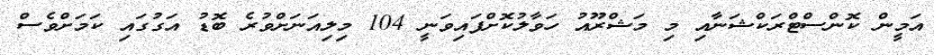
އަމީން ކޮންސްޓްރަކްޝަނާއި މި މަޝްރޫއު ހަވާލުކޮށްފައިވަނީ 104 މިލިއަނަށްވުރެ ބޮޑު އަގުގައި ކަމަށްވެސް